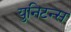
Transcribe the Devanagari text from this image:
युनिटन्स